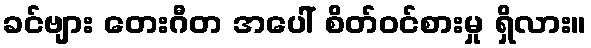
ခင်ဗျား တေးဂီတ အပေါ် စိတ်ဝင်စားမှု ရှိလား။